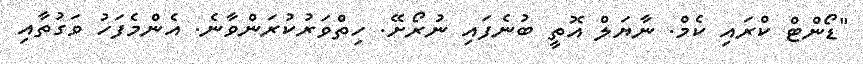
"ޑޯންޓް ކްރައި ކެމް. ނާޔަލް އޮތީ ބުނެފައި ނުރޯށޭ. ހިތްވަރުކުރަންވާނެ. އެންމެފަހު ވަގުތާއި